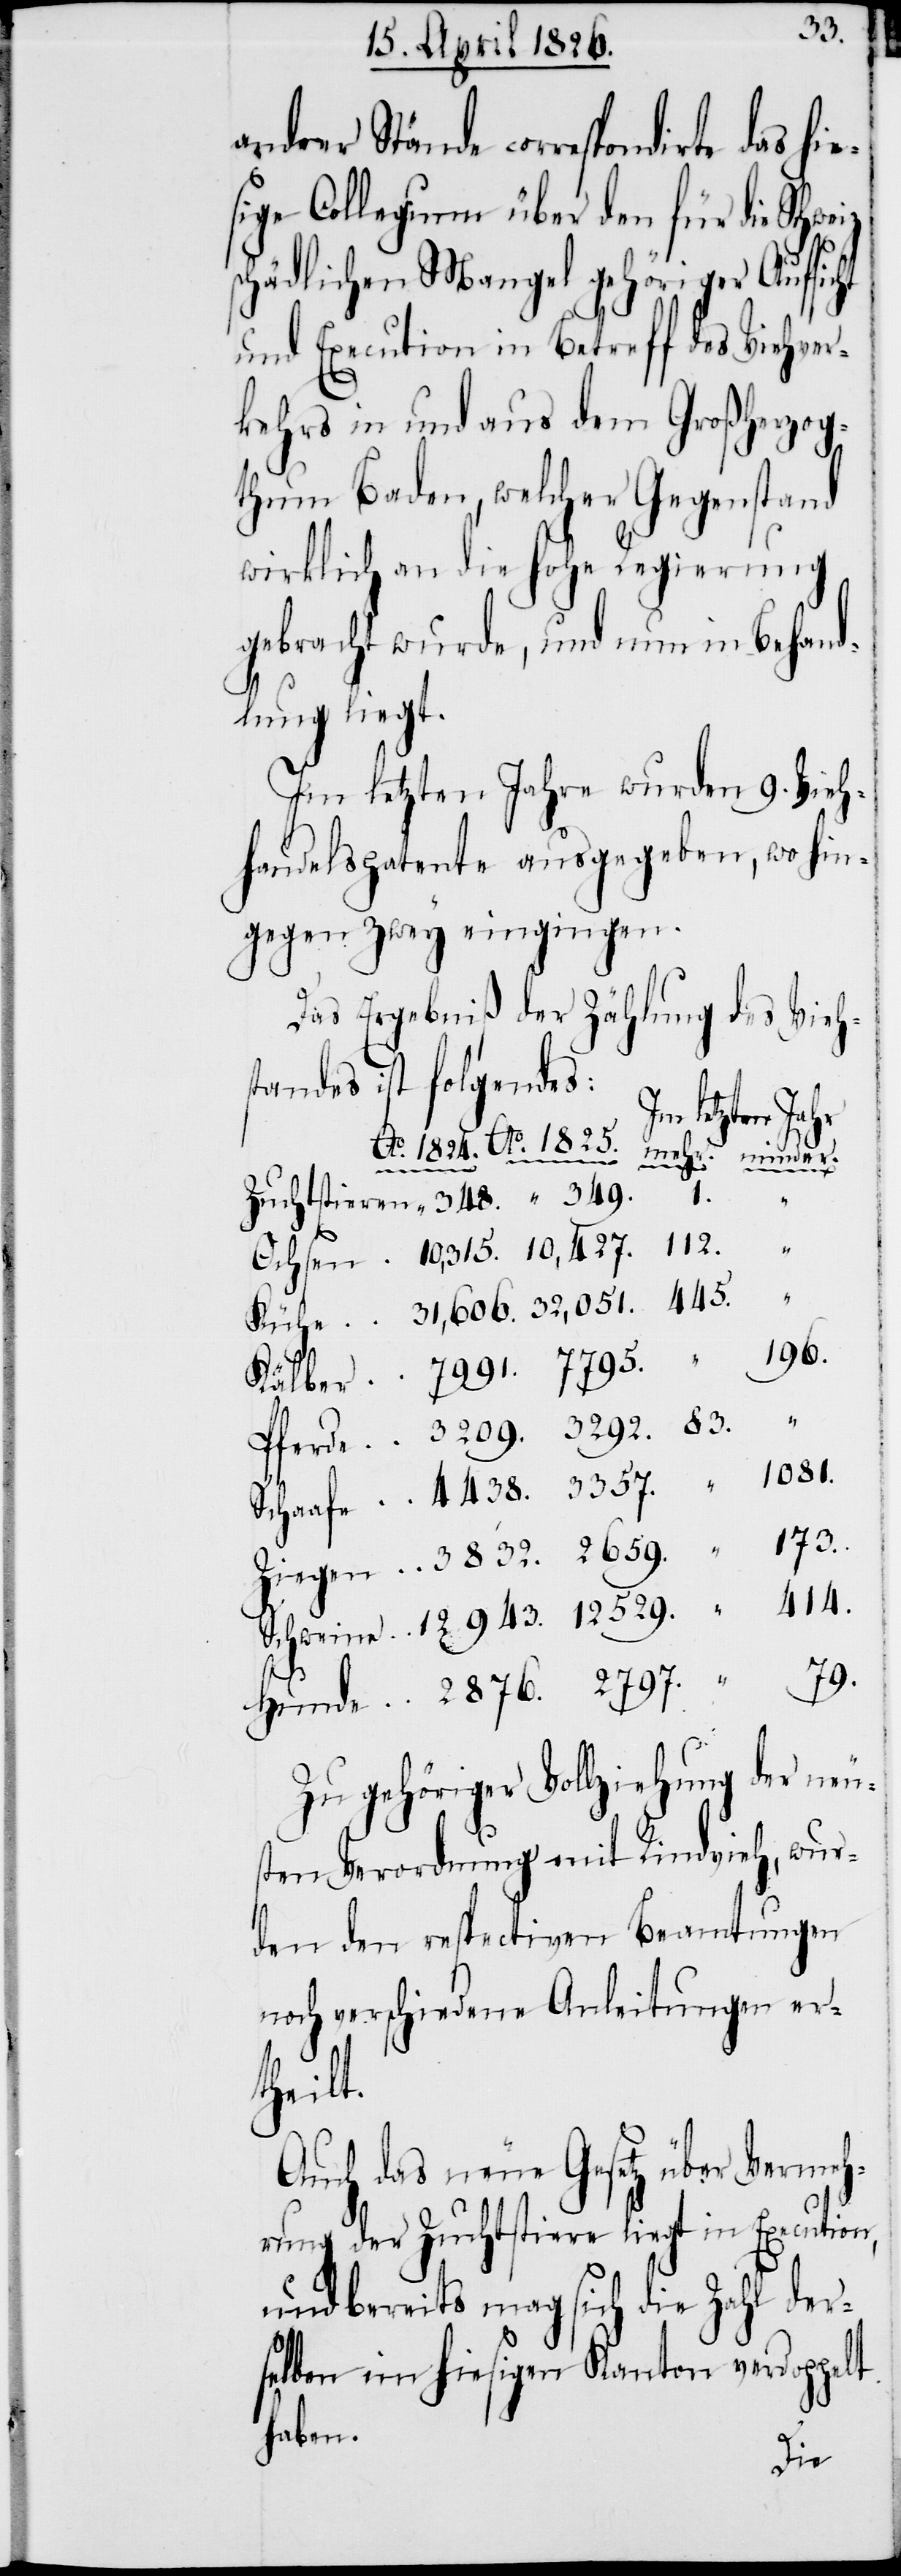
529.
andrer Stände correspondirte
sige Collegium über den für die
schädlichen Mangel gehöriger Aufsic¬
und Execution in Betreff des Viehver¬
kehrs in und aus dem Großherzog¬
thum Baden, welcher Gegenstand
wirklich an die hohe Regierung
gebracht wurde, und nun in Behand¬
lung liegt.
Im letzten Jahre wurden 9. Vieh¬
andelspatente ausgegeben, wo hin¬
gegen zwey eingingen.
Das Ergebniß der Zählung des Viehs¬
tandes ist folgendes:
Im letzten Jahr
1.
Ziegen
Zu gehöriger Vollziehung der neu¬
sten Verordnung mit Rindvieh, wur¬
den den respectiven Beamtungen
noch verschiedene Anleitungen er¬
theilt.
Auch das neue Gesetz über Vermeh¬
rung der Zuchtstiere liegt in Execution,
und bereits mag sich die Zahl der¬
selben im hiesigen Kanton verdoppelt
haben.
hie¬